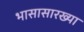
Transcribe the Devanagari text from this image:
भासासारख्या